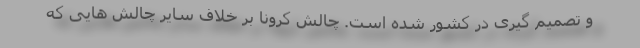
و تصمیم گیری در کشور شده است. چالش کرونا بر خلاف سایر چالش هایی که